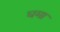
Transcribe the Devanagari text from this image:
घमा